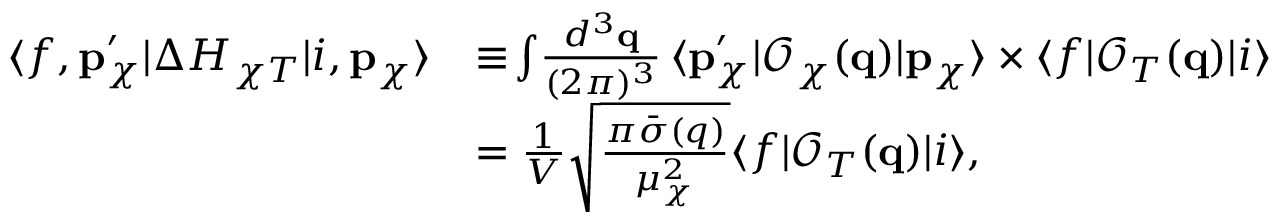
\begin{array} { r l } { \langle f , \mathbf { p } _ { \chi } ^ { \prime } | \Delta H _ { \chi T } | i , \mathbf { p } _ { \chi } \rangle } & { \equiv \! \int \! \frac { d ^ { 3 } \mathbf { q } } { ( 2 \pi ) ^ { 3 } } \, \langle \mathbf { p } _ { \chi } ^ { \prime } | \mathcal { O } _ { \chi } ( \mathbf { q } ) | \mathbf { p } _ { \chi } \rangle \times \langle f | \mathcal { O } _ { T } ( \mathbf { q } ) | i \rangle } \\ & { = \frac { 1 } { V } \sqrt { \frac { \pi \bar { \sigma } ( q ) } { \mu _ { \chi } ^ { 2 } } } \langle f | \mathcal { O } _ { T } ( \mathbf { q } ) | i \rangle , } \end{array}